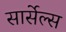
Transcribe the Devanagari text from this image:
सार्सेल्स